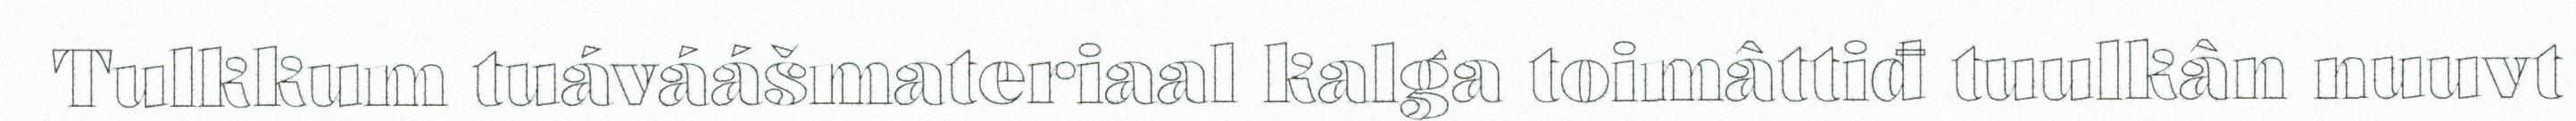
Tulkkum tuáváášmateriaal kalga toimâttiđ tuulkân nuuvt